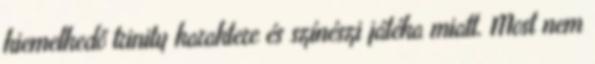
kiemelkedő trinity karaktere és színészi játéka miatt. Most nem